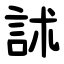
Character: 訹